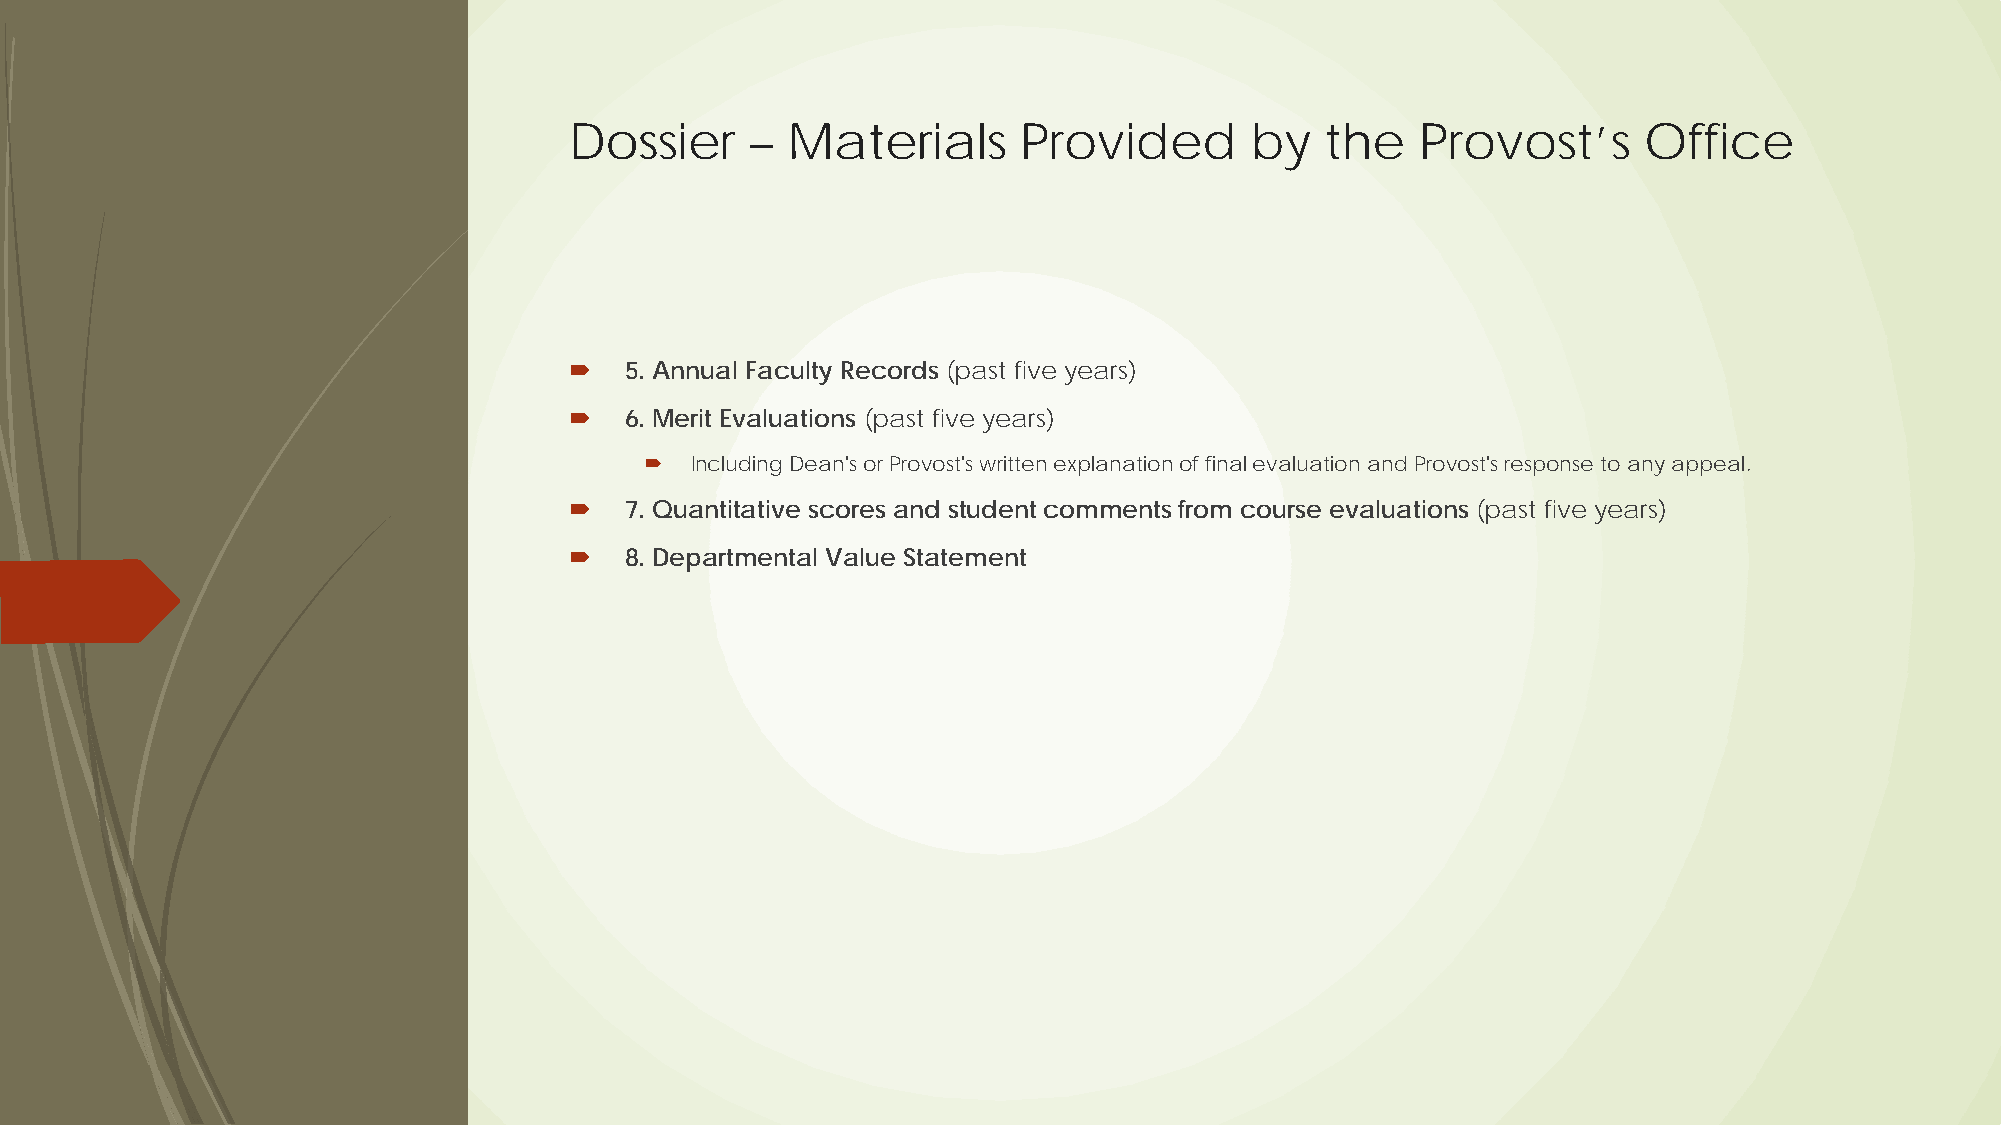
Dossier     – Materials      Provided        by   the   Provost’s      Office
   5. Annual Faculty Records (past five years)
   6. Merit Evaluations (past five years)
   Including Dean's or Provost's written explanation of final evaluation and Provost's response to any appeal.
   7. Quantitative scores and student comments from course evaluations (past five years)
   8. Departmental Value Statement